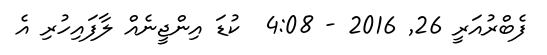
ފެބްރުއަރީ 26